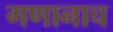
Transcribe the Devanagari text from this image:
गणानाच